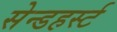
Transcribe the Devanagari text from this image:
सेन्डहर्स्ट